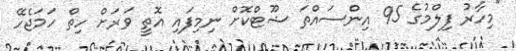
"މިހާރު ފިލްމުގެ 95 އިންސައްތަ ޝޫޓްކޮށް ނިމިފައި އޮތީ ވަރަށް ހިތް ހަމަޖެހޭ